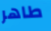
طاهر